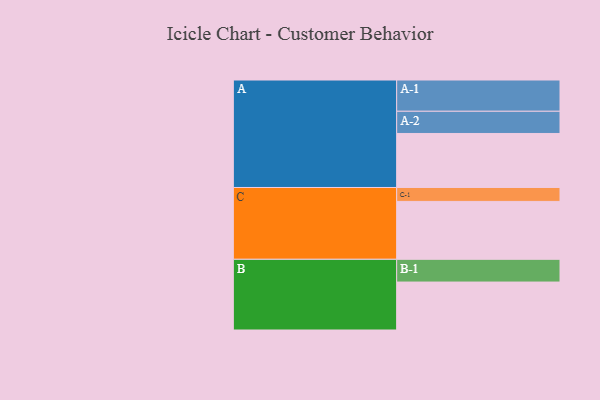
{"axis": {"x": "Segment", "y": "Value"}, "legend": ["", "A", "B", "C"], "data": [{"x": "A", "y": 489, "type": ""}, {"x": "B", "y": 434, "type": ""}, {"x": "C", "y": 524, "type": ""}, {"x": "A-1", "y": 283, "type": "A"}, {"x": "A-2", "y": 201, "type": "A"}, {"x": "B-1", "y": 206, "type": "B"}, {"x": "C-1", "y": 126, "type": "C"}]}